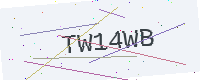
Text: TW14WB